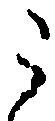
う